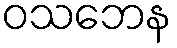
ဝသဘေန